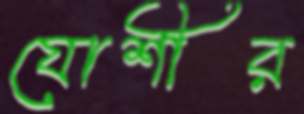
যোশীর